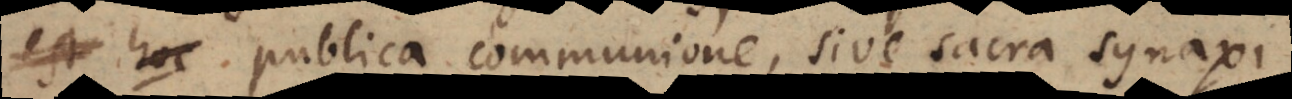
est hoc publica communione, sive sacra synaxi